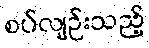
စပ်လျဉ်းသည့်